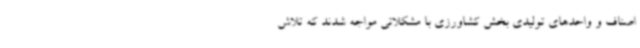
اصناف و واحدهای تولیدی بخش کشاورزی با مشکلاتی مواجه شدند که تلاش